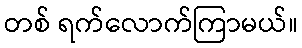
တစ် ရက်လောက်ကြာမယ်။